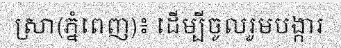
ស្រា(ភ្នំពេញ)៖ ដើម្បីចូលរួមបង្ការ